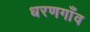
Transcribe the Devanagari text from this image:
धरणगाँव